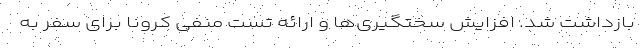
بازداشت شد. افزایش سختگیری‌ها و ارائه تست منفی کرونا برای سفر به